65_HS1-834228961_62-HQ-83894_Section_2
Agency: FBI
Page 1
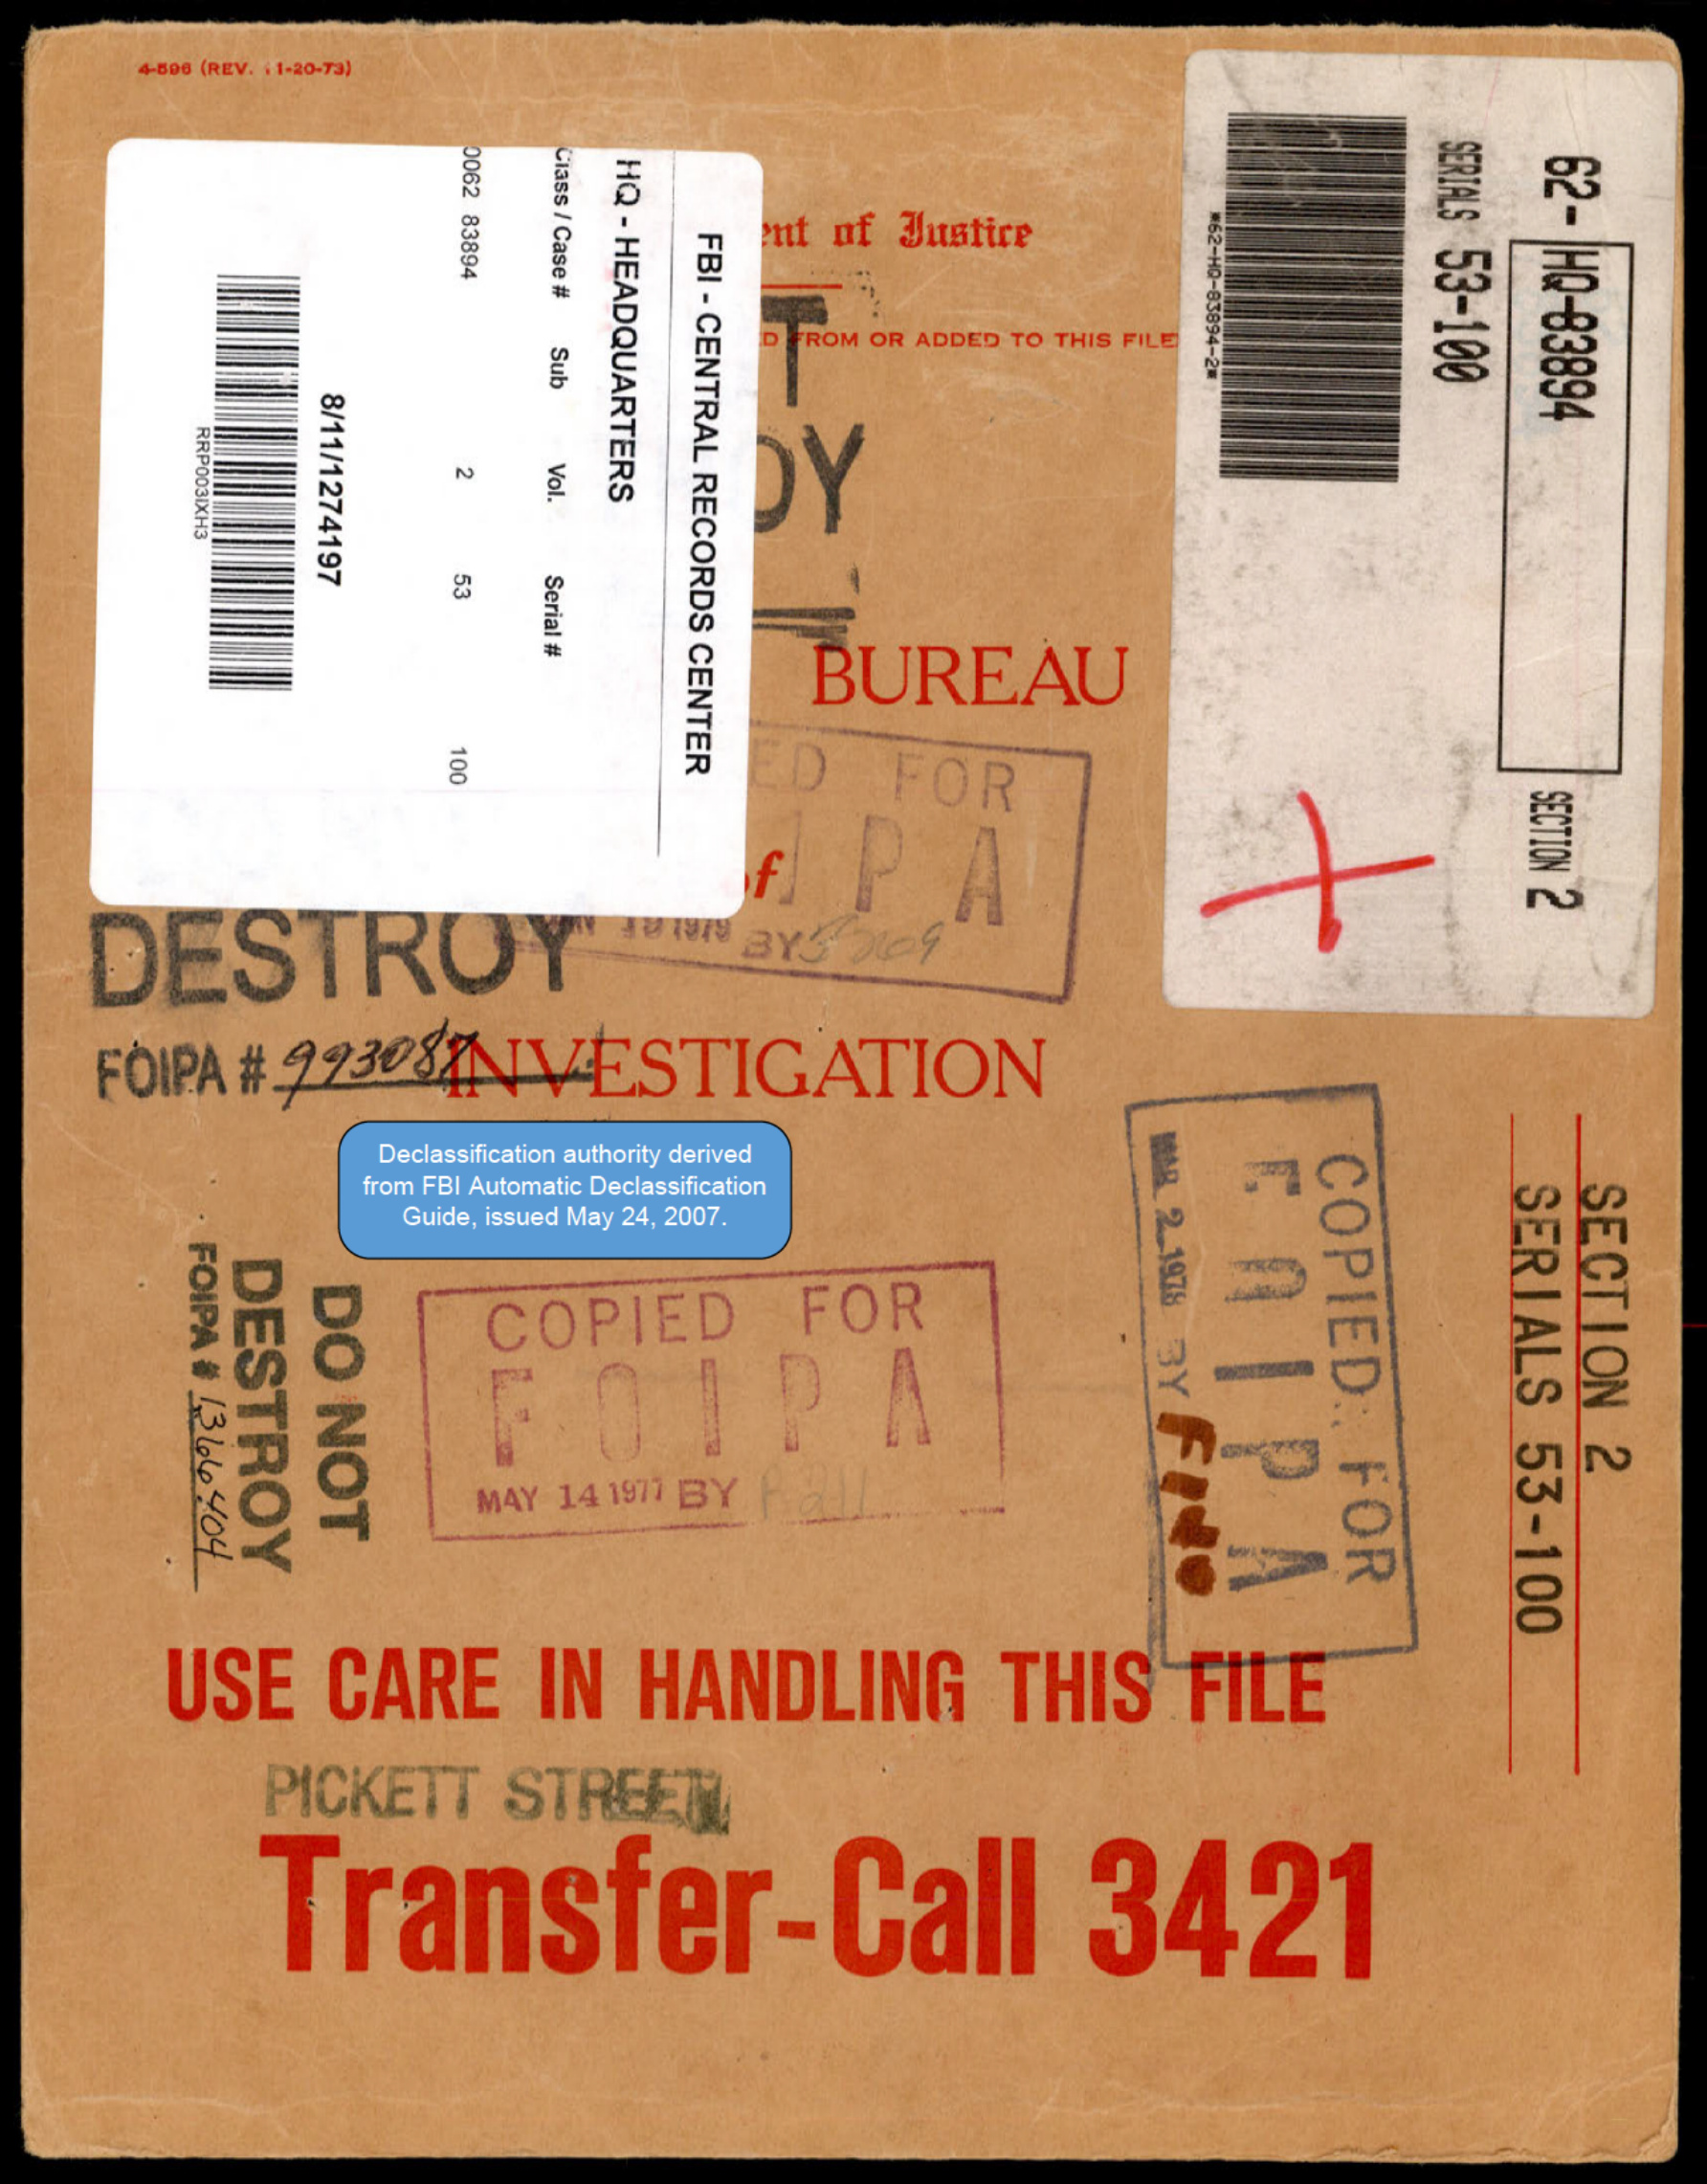